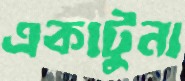
একাটুনা